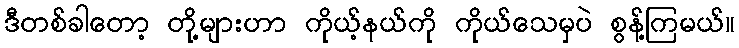
ဒီတစ်ခါတော့ တို့များဟာ ကိုယ့်နယ်ကို ကိုယ်သေမှပဲ စွန့်ကြမယ်။